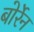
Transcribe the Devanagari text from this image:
बोर्रेन